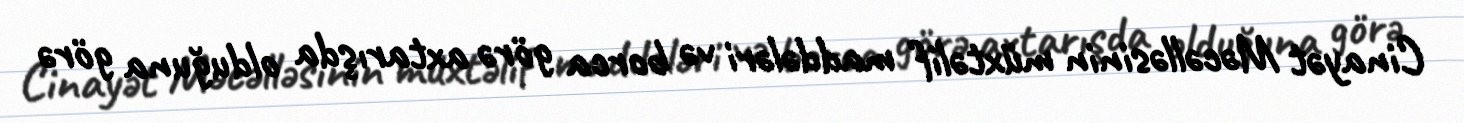
Cinayət Məcəlləsinin müxtəlif maddələri və borca görə axtarışda olduğuna görə